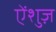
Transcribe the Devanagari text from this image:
ऐंशुज़